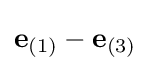
\mathbf {e} _{(1)}-\mathbf {e} _{(3)}